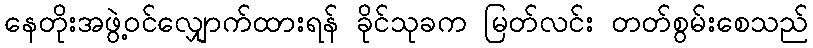
နေတိုးအဖွဲ့ဝင်လျှောက်ထားရန် ခိုင်သုခက မြတ်လင်း တတ်စွမ်းစေသည်